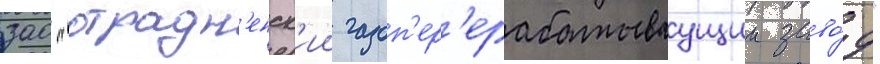
зао "отрадн'енск'ии газоп'ер'ерабатываущии заво́д"